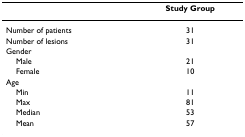
<table><thead><tr><td></td><td><b>Study Group</b></td></tr></thead><tbody><tr><td>Number of patients</td><td>31</td></tr><tr><td>Number of lesions</td><td>31</td></tr><tr><td>Gender</td><td></td></tr><tr><td> Male</td><td>21</td></tr><tr><td> Female</td><td>10</td></tr><tr><td>Age</td><td></td></tr><tr><td> Min</td><td>11</td></tr><tr><td> Max</td><td>81</td></tr><tr><td> Median</td><td>53</td></tr><tr><td> Mean</td><td>57</td></tr></tbody></table>